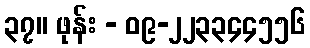
၃၇။ ဖုန်း - ၀၉-၂၂၃၃၄၄၅၅၆